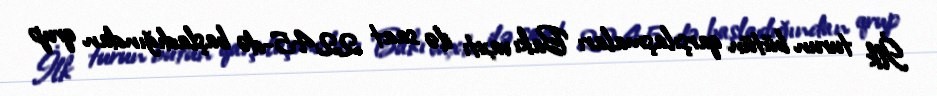
İlk turun bütün qarşılaşmaları Bakı vaxtı ilə saat 22:45-də başladığından qrup